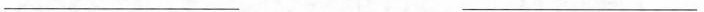
___ ___